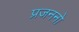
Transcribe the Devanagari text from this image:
प्रजननो